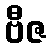
ဗီဇ